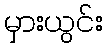
မှားယွင်း